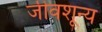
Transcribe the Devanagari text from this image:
जीवशून्य